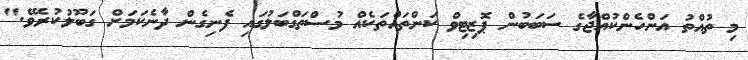
މި ތުއްތު އަންހެންކުއްޖާގެ ސަބަބުން ޕޮޒިޓިވް ކަންތައްތަކެއް މުސްތަގްބަލުގައި ފެނިގެން ދާނެކަމަށް ގަބޫލުކުރެވޭ."